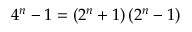
4 ^ { n } - 1 = \left( 2 ^ { n } + 1 \right) \left( 2 ^ { n } - 1 \right)